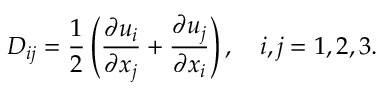
{ D } _ { i j } = \frac { 1 } { 2 } \left( \frac { \partial u _ { i } } { \partial x _ { j } } + \frac { \partial u _ { j } } { \partial x _ { i } } \right) , \quad i , j = 1 , 2 , 3 .